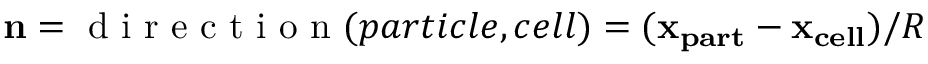
\mathbf { n } = \mathrm { ~ d ~ i ~ r ~ e ~ c ~ t ~ i ~ o ~ n ~ } ( p a r t i c l e , c e l l ) = ( \mathbf { x _ { p a r t } } - \mathbf { x _ { c e l l } } ) / R